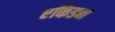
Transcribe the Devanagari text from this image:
एकिडन